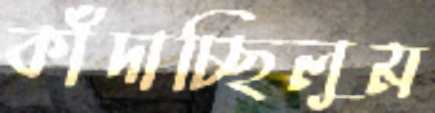
কাঁদাচ্ছিলুম